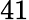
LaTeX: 41